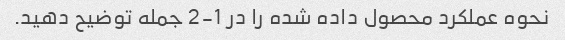
نحوه عملکرد محصول داده شده را در 1-2 جمله توضیح دهید.